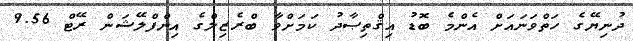
ދުނިޔޭގެ ހަތްވަނައަށް އެންމެ ބޮޑު އިޤްތިޞާދު ކަމަށްވާ ބްރެޒިލްގެ އިންފްލޭޝަން ރޭޓް 9.56